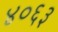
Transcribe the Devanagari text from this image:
४०६३